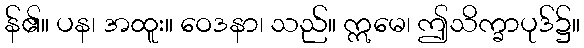
န်၏။ ပန၊ အထူး။ ဝေဒနာ၊ သည်။ ဣမေ၊ ဤသိက္ခာပုဒ်၌။